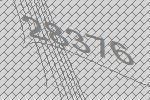
28376